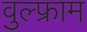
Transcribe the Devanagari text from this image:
वुल्फ्राम